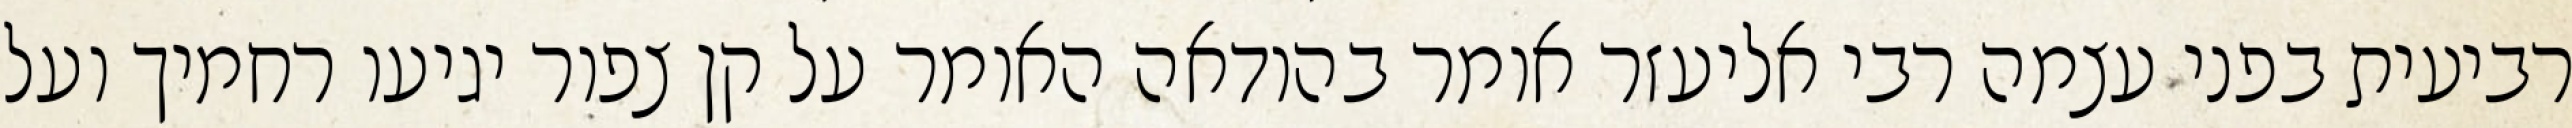
רביעית בפני עצמה רבי אליעזר אומר בהודאה האומר על קן צפור יגיעו רחמיך ועל